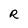
Character: R